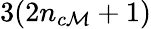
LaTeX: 3(2{n_{c\mathcal{M}}}+1)